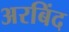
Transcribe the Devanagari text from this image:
अरबिंद